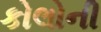
કોલોની